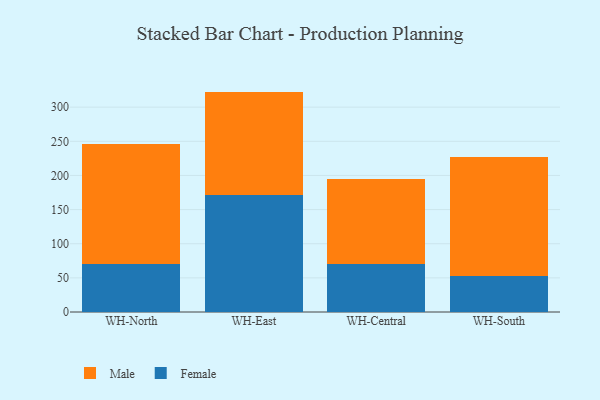
{"axis": {"x": "Warehouse", "y": "LTV (USD)"}, "legend": ["Female", "Male"], "data": [{"x": "WH-North", "y": 70.4, "type": "Female"}, {"x": "WH-North", "y": 175.5, "type": "Male"}, {"x": "WH-East", "y": 171.2, "type": "Female"}, {"x": "WH-East", "y": 151.6, "type": "Male"}, {"x": "WH-Central", "y": 70.3, "type": "Female"}, {"x": "WH-Central", "y": 123.9, "type": "Male"}, {"x": "WH-South", "y": 53.1, "type": "Female"}, {"x": "WH-South", "y": 174.3, "type": "Male"}]}